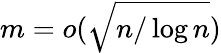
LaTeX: m=o(\sqrt{n/\log n})